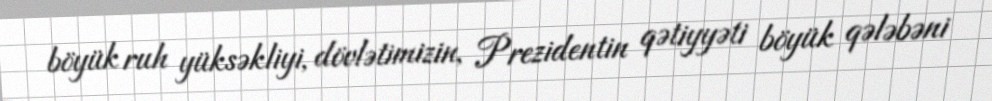
böyük ruh yüksəkliyi, dövlətimizin, Prezidentin qətiyyəti böyük qələbəni